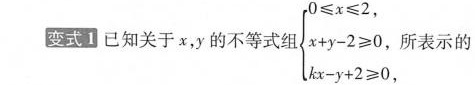
变式1 已知关于x，y的不等式组 $$\begin{cases}